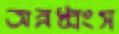
অন্নধ্বংস